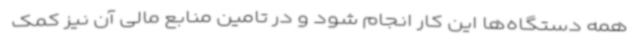
همه دستگاه‌ها این کار انجام شود و در تامین منابع مالی آن نیز کمک